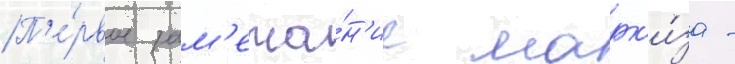
П'е́рвое зам'еча́н'ие марк'и́за -